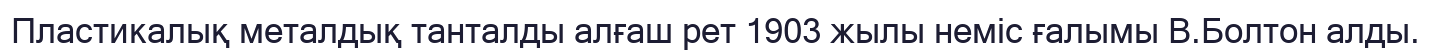
Пластикалық металдық танталды алғаш рет 1903 жылы неміс ғалымы В.Болтон алды.